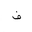
Letter: _fa